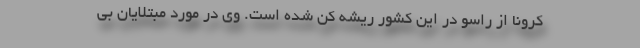
کرونا از راسو در این کشور ریشه کن شده است. وی در مورد مبتلایان بی